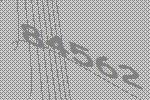
84562